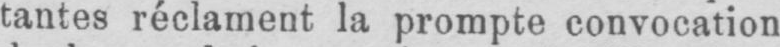
tantes réclament la prompte convocation